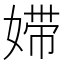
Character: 㛿